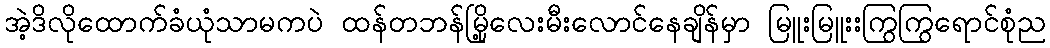
အဲ့ဒိလိုထောက်ခံယုံသာမကပဲ ထန်တဘန်မြို့လေးမီးလောင်နေချိန်မှာ မြူးမြူးးကြွကြွရောင်စုံည